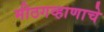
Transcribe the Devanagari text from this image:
मीठगव्हाणाचे